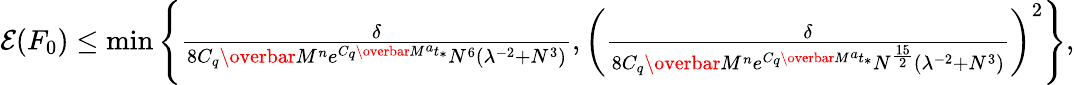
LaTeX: \begin{array}{r}{\mathcal{E}(F_{0})\leq\operatorname*{min}\left\{ \frac{\delta}{8C_{q}\overbar{M}^{n}e^{C_{q}\overbar{M}^{a}t_{*}}N^{6}(\lambda^{-2}+N^{3})},\left(\frac{\delta}{8C_{q}\overbar{M}^{n}e^{C_{q}\overbar{M}^{a}t_{*}}N^{\frac{15}{2}}(\lambda^{-2}+N^{3})}\right)^{2}\right\} ,}\end{array}